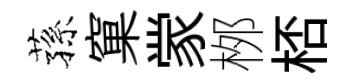
蓀窠䝉桞桮